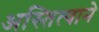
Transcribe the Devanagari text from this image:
अस्तित्‍वाने